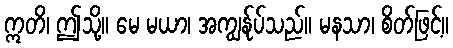
ဣတိ၊ ဤသို့။ မေ မယာ၊ အကျွန်ုပ်သည်။ မနသာ၊ စိတ်ဖြင့်။